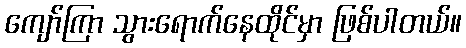
ကျော်ကြာ သွားရောက်နေထိုင်မှာ ဖြစ်ပါတယ်။